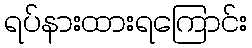
ရပ်နားထားရကြောင်း